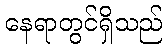
နေရာတွင်ရှိသည်